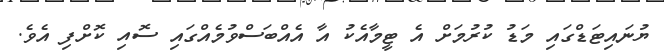
ޔުނައިޓަޑްގައި މަޑު ކުރުމަށް އެ ޓީމާއެކު އާ އެއްބަސްވުމެއްގައި ސޮއި ކޮށްފި އެވެ.